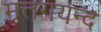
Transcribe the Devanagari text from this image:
मत्तगयन्द